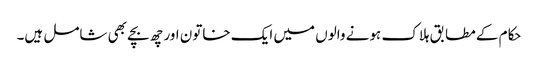
حکام کے مطابق ہلاک ہونے والوں میں ایک خاتون اور چھ بچے بھی شامل ہیں۔